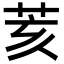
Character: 荄